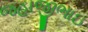
જહાજીભાઇ